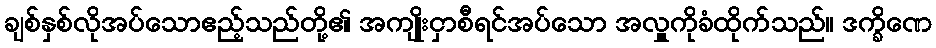
ချစ်နှစ်လိုအပ်သောဧည့်သည်တို့၏ အကျိုးငှာစီရင်အပ်သော အလှူကိုခံထိုက်သည်။ ဒက္ခိဏေ